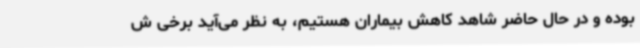
بوده و در حال حاضر شاهد کاهش بیماران هستیم، به‌ نظر می‌آید برخی ش